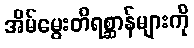
အိမ်မွေးတိရစ္ဆာန်များကို